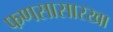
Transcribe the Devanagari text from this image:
फणसासारखा